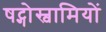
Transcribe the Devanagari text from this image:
षट्गोस्वामियों